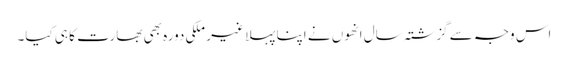
اس وجہ سے گزشتہ سال انھوں نے اپنا پہلا غیر ملکی دورہ بھی بھارت کا ہی کیا۔